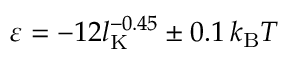
\varepsilon = - 1 2 l _ { \mathrm { K } } ^ { - 0 . 4 5 } \pm 0 . 1 \, k _ { \mathrm { B } } T